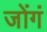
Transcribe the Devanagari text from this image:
जोंगं